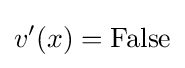
v'(x)={\text{False}}